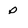
Character: P